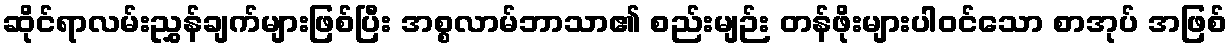
ဆိုင်ရာလမ်းညွှန်ချက်များဖြစ်ပြီး အစ္စလာမ်ဘာသာ၏ စည်းမျဉ်း တန်ဖိုးများပါဝင်သော စာအုပ် အဖြစ်